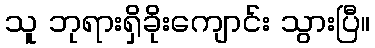
သူ ဘုရားရှိခိုးကျောင်း သွားပြီ။